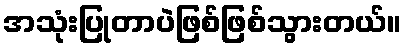
အသုံးပြုတာပဲဖြစ်ဖြစ်သွားတယ်။